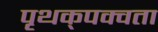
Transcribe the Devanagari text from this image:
पृथक्‌पक्वता